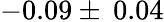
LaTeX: -0.09\pm\: 0.04